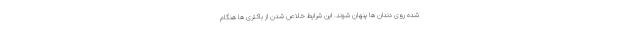
شده روی دندان ها پنهان شوند. این شرایط خلاص شدن از باکتری ها هنگام